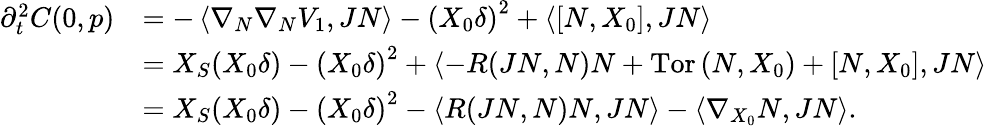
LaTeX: \begin{array}{rl}{\partial_{t}^{2}{C}(0,p)}&{=-\left\langle\nabla_{N}\nabla_{N}V_{1},JN\right\rangle-\left(X_{0}\delta\right)^{2}+\left\langle\left[N,X_{0}\right],JN\right\rangle}\\ &{=X_{S}(X_{0}\delta)-\left(X_{0}\delta\right)^{2}+\left\langle-R(JN,N)N+\mathrm{Tor}\left(N,X_{0}\right)+\left[N,X_{0}\right],JN\right\rangle}\\ &{=X_{S}(X_{0}\delta)-\left(X_{0}\delta\right)^{2}-\left\langle R(JN,N)N,JN\right\rangle-\left\langle\nabla_{X_{0}}N,JN\right\rangle.}\end{array}